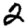
Digit: 2